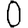
Digit: 0